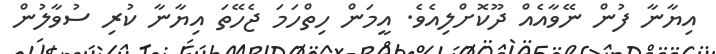
އިޔާނާ ފުން ނޭވާއެއް ދޫކޮށްލިއެވެ. އީމަން ހިތްހަމަ ޖެހޭތަ އިޔާނާ ކުރި ސުވާލުން